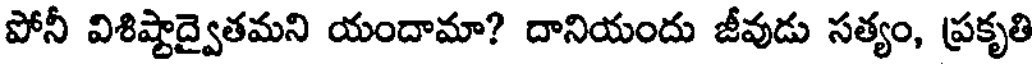
పోనీ విశిష్టాద్వైతమని యందామా? దానియందు జీవుడు సత్యం, ప్రకృతి